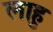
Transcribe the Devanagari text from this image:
लाहु